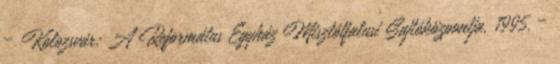
– Kolozsvár: A Református Egyház Misztótfalusi Sajtóközpontja, 1995. –